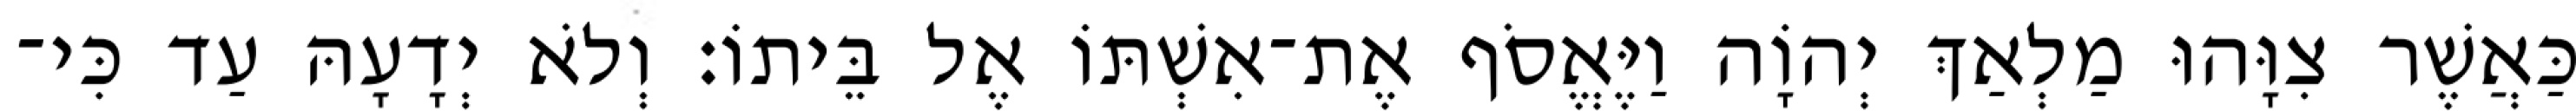
כַּאֲשֶׁר צִוָּהוּ מַלְאַךְ יְהוָֹה וַיֶּאֱסֹף אֶת־אִשְׁתּוֹ אֶל בֵּיתוֹ׃ וְלֹא יְדָעָהּ עַד כִּי־